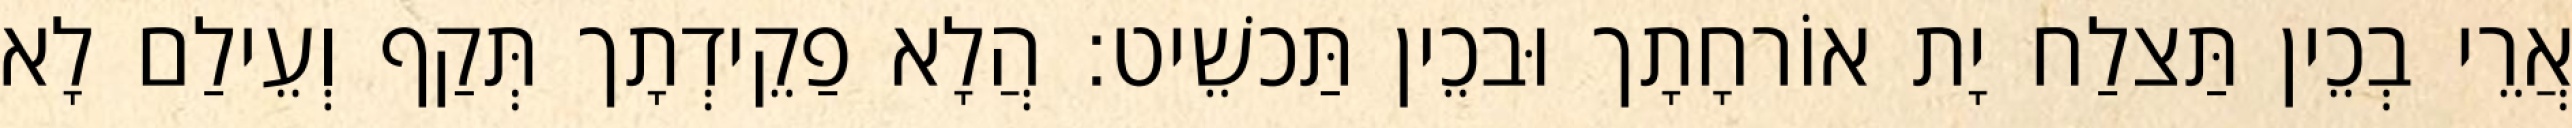
אֲרֵי בְכֵין תַּצלַח יָת אוֹרחָתָך וּבכֵין תַּכשֵׁיט׃ הֲלָא פַקֵידְתָך תְּקַף וְעֵילַם לָא